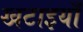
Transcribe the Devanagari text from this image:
खटाइयाँ